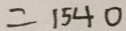
= 1 5 4 0